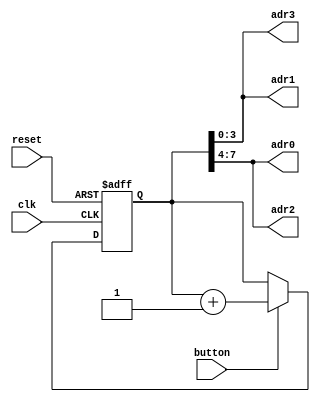
//Module that selects the 4 addresses to be printed , and shifts the message(addresses) if the button is pressed

module MemoryCounter(clk,reset,button,adr3,adr2,adr1,adr0);
	
	input clk,reset,button;
	output [3:0] adr0,adr1,adr2,adr3;
	
	//wire Rx_FERROR,Rx_PERROR,Rx_VALID;
	reg [7:0] Tx_DATA;
	//wire [7:0] Rx_DATA;
	//wire Tx_EN;
	
	
	
	always@(posedge clk or posedge reset)
		begin
			if(reset == 1)
			begin
				Tx_DATA = 8'b00000000; 
			end 
			else
			 begin
	
				if(button == 1)
				begin
					Tx_DATA = Tx_DATA + 1'b1;
				end
				
			end
		end
		
		assign adr0 = Tx_DATA[7:4];
		assign adr1 = Tx_DATA[3:0];
		assign adr2 = Tx_DATA[7:4];
		assign adr3 = Tx_DATA[3:0];
		
endmodule